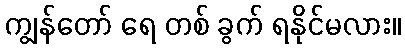
ကျွန်တော် ရေ တစ် ခွက် ရနိုင်မလား။